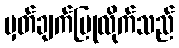
မှတ်ချက်ပြုလိုက်သည်